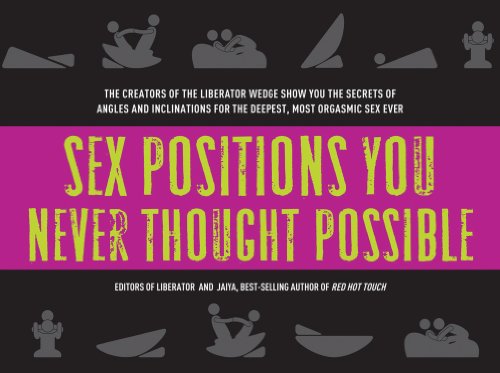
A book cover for Sex Positions You Never Thought Possible: The Creators of the Liberator Wedge Show You the Secrets of Angles and Inclinations for the Deepest, Most Orgasmic Sex Ever; The Editors of Liberator; Health, Fitness & Dieting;